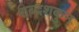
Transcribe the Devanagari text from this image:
शब्दशकुन